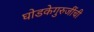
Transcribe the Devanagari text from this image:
घोडकेगुरुजींची